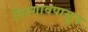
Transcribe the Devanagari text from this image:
गिरगावपासून